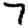
Digit: 7